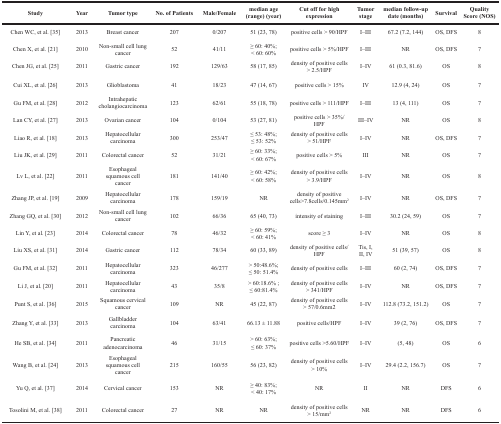
<table><thead><tr><td><b>Study</b></td><td><b>Year</b></td><td><b>Tumor type</b></td><td><b>No. of Patients</b></td><td><b>Male/Female</b></td><td><b>median age (range) (year)</b></td><td><b>Cut off for high expression</b></td><td><b>Tumor stage</b></td><td><b>median follow-up date (months)</b></td><td><b>Survival</b></td><td><b>Quality Score (NOS)</b></td></tr></thead><tbody><tr><td>Chen WC, et al. [35]</td><td>2013</td><td>Breast cancer</td><td>207</td><td>0/207</td><td>51 (23, 78)</td><td>positive cells &gt; 90/HPF</td><td>I–III</td><td>67.2 (7.2, 144)</td><td>OS, DFS</td><td>8</td></tr><tr><td>Chen X, et al. [21]</td><td>2010</td><td>Non-small cell lung cancer</td><td>52</td><td>41/11</td><td>≥ 60: 40%;&lt; 60: 60%</td><td>positive cells &gt; 5%/HPF</td><td>I–III</td><td>NR</td><td>OS, DFS</td><td>7</td></tr><tr><td>Chen JG, et al. [25]</td><td>2011</td><td>Gastric cancer</td><td>192</td><td>129/63</td><td>58 (17, 85)</td><td>density of positive cells &gt; 2.5/HPF</td><td>I–IV</td><td>61 (0.3, 81.6)</td><td>OS</td><td>8</td></tr><tr><td>Cui XL, et al. [26]</td><td>2013</td><td>Glioblastoma</td><td>41</td><td>18/23</td><td>47 (14, 67)</td><td>positive cells &gt; 15%</td><td>IV</td><td>12.9 (4, 24)</td><td>OS</td><td>7</td></tr><tr><td>Gu FM, et al. [28]</td><td>2012</td><td>Intrahepatic cholangiocarcinoma</td><td>123</td><td>62/61</td><td>55 (18, 78)</td><td>positive cells &gt; 111/HPF</td><td>I–III</td><td>13 (4, 111)</td><td>OS</td><td>7</td></tr><tr><td>Lan CY, et al. [27]</td><td>2013</td><td>Ovarian cancer</td><td>104</td><td>0/104</td><td>53 (27, 81)</td><td>positive cells &gt; 35%/HPF</td><td>III–IV</td><td>NR</td><td>OS</td><td>8</td></tr><tr><td>Liao R, et al. [18]</td><td>2013</td><td>Hepatocellular carcinoma</td><td>300</td><td>253/47</td><td>≤ 53: 48%;≤ 53: 52%</td><td>density of positive cells &gt; 51/HPF</td><td>I–IV</td><td>NR</td><td>OS, DFS</td><td>7</td></tr><tr><td>Liu JK, et al. [29]</td><td>2011</td><td>Colorectal cancer</td><td>52</td><td>31/21</td><td>≥ 60: 33%;&lt; 60: 67%</td><td>positive cells &gt; 5%</td><td>III</td><td>NR</td><td>OS</td><td>7</td></tr><tr><td>Lv L, et al. [22]</td><td>2011</td><td>Esophageal squamous cell cancer</td><td>181</td><td>141/40</td><td>≥ 60: 42%;&lt; 60: 58%</td><td>density of positive cells &gt; 3.9/HPF</td><td>I–IV</td><td>NR</td><td>OS</td><td>8</td></tr><tr><td>Zhang JP, et al. [19]</td><td>2009</td><td>Hepatocellular carcinoma</td><td>178</td><td>159/19</td><td>NR</td><td>density of positive cells&gt;7.8cells/0.145mm<sup>2</sup></td><td>I–IV</td><td>NR</td><td>OS, DFS</td><td>7</td></tr><tr><td>Zhang GQ, et al. [30]</td><td>2012</td><td>Non-small cell lung cancer</td><td>102</td><td>66/36</td><td>65 (40, 73)</td><td>intensity of staining</td><td>I–III</td><td>30.2 (24, 59)</td><td>OS</td><td>7</td></tr><tr><td>Lin Y, et al. [23]</td><td>2014</td><td>Colorectal cancer</td><td>78</td><td>46/32</td><td>≥ 60: 59%;&lt; 60: 41%</td><td>score ≥ 3</td><td>I–IV</td><td>NR</td><td>OS</td><td>8</td></tr><tr><td>Liu XS, et al. [31]</td><td>2014</td><td>Gastric cancer</td><td>112</td><td>78/34</td><td>60 (33, 89)</td><td>density of positive cells/HPF</td><td>Tis, I, II, IV</td><td>51 (39, 57)</td><td>OS</td><td>8</td></tr><tr><td>Gu FM, et al. [32]</td><td>2011</td><td>Hepatocellular carcinoma</td><td>323</td><td>46/277</td><td>&gt; 50:48.6%;≤ 50: 51.4%</td><td>density of positive cells</td><td>I–III</td><td>60 (2, 74)</td><td>OS, DFS</td><td>7</td></tr><tr><td>Li J, et al. [20]</td><td>2011</td><td>Hepatocellular carcinoma</td><td>43</td><td>35/8</td><td>&gt; 60:18.6% ;≤ 60:81.4%</td><td>density of positive cells &gt; 341/HPF</td><td>I–IV</td><td>NR</td><td>OS, DFS</td><td>7</td></tr><tr><td>Punt S, et al. [36]</td><td>2015</td><td>Squamous cervical cancer</td><td>109</td><td>NR</td><td>45 (22, 87)</td><td>density of positive cells &gt; 57/0.6mm2</td><td>I–IV</td><td>112.8 (73.2, 151.2)</td><td>OS</td><td>7</td></tr><tr><td>Zhang Y, et al. [33]</td><td>2013</td><td>Gallbladder carcinoma</td><td>104</td><td>63/41</td><td>66.13 ± 11.88</td><td>positive cells/HPF</td><td>I–IV</td><td>39 (2, 76)</td><td>OS, DFS</td><td>7</td></tr><tr><td>He SB, et al. [34]</td><td>2011</td><td>Pancreatic adenocarcinoma</td><td>46</td><td>31/15</td><td>&gt; 60: 63%;≤ 60: 37%</td><td>positive cells &gt;5.60/HPF</td><td>I–IV</td><td>(5, 48)</td><td>OS</td><td>6</td></tr><tr><td>Wang B, et al. [24]</td><td>2013</td><td>Esophageal squamous cell cancer</td><td>215</td><td>160/55</td><td>56 (23, 82)</td><td>density of positive cells &gt; 10%</td><td>I–IV</td><td>29.4 (2.2, 156.7)</td><td>OS</td><td>7</td></tr><tr><td>Yu Q, et al. [37]</td><td>2014</td><td>Cervical cancer</td><td>153</td><td>NR</td><td>≥ 40: 83%;&lt; 40: 17%</td><td>NR</td><td>II</td><td>NR</td><td>DFS</td><td>6</td></tr><tr><td>Tosolini M, et al. [38]</td><td>2011</td><td>Colorectal cancer</td><td>27</td><td>NR</td><td>NR</td><td>density of positive cells &gt; 15/mm<sup>2</sup></td><td>NR</td><td>NR</td><td>DFS</td><td>6</td></tr></tbody></table>